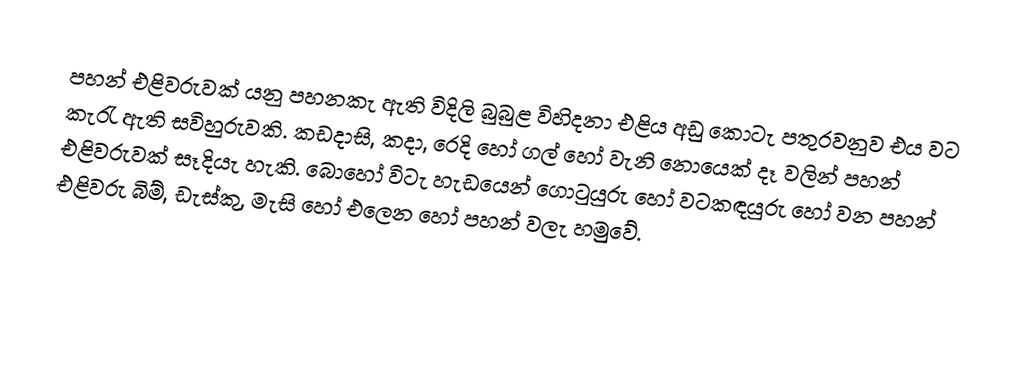
පහන් එළිවරුවක් යනු පහනකැ ඇති විදිලි බුබුළ විහිදනා එළිය අඩු කොටැ පතුරවනුව එය වට කැරැ ඇති සවිහුරුවකි. කඩදාසි, කදා, රෙදි හෝ ගල් හෝ වැනි නොයෙක් දෑ වලින් පහන් එළිවරුවක් සෑදියැ හැකි. බොහෝ විටැ හැඩයෙන් ගොටුයුරු හෝ වටකඳයුරු හෝ වන පහන් එළිවරු බිම්, ඩැස්කු, මැසි හෝ එලෙන හෝ පහන් වලැ හමුවේ.